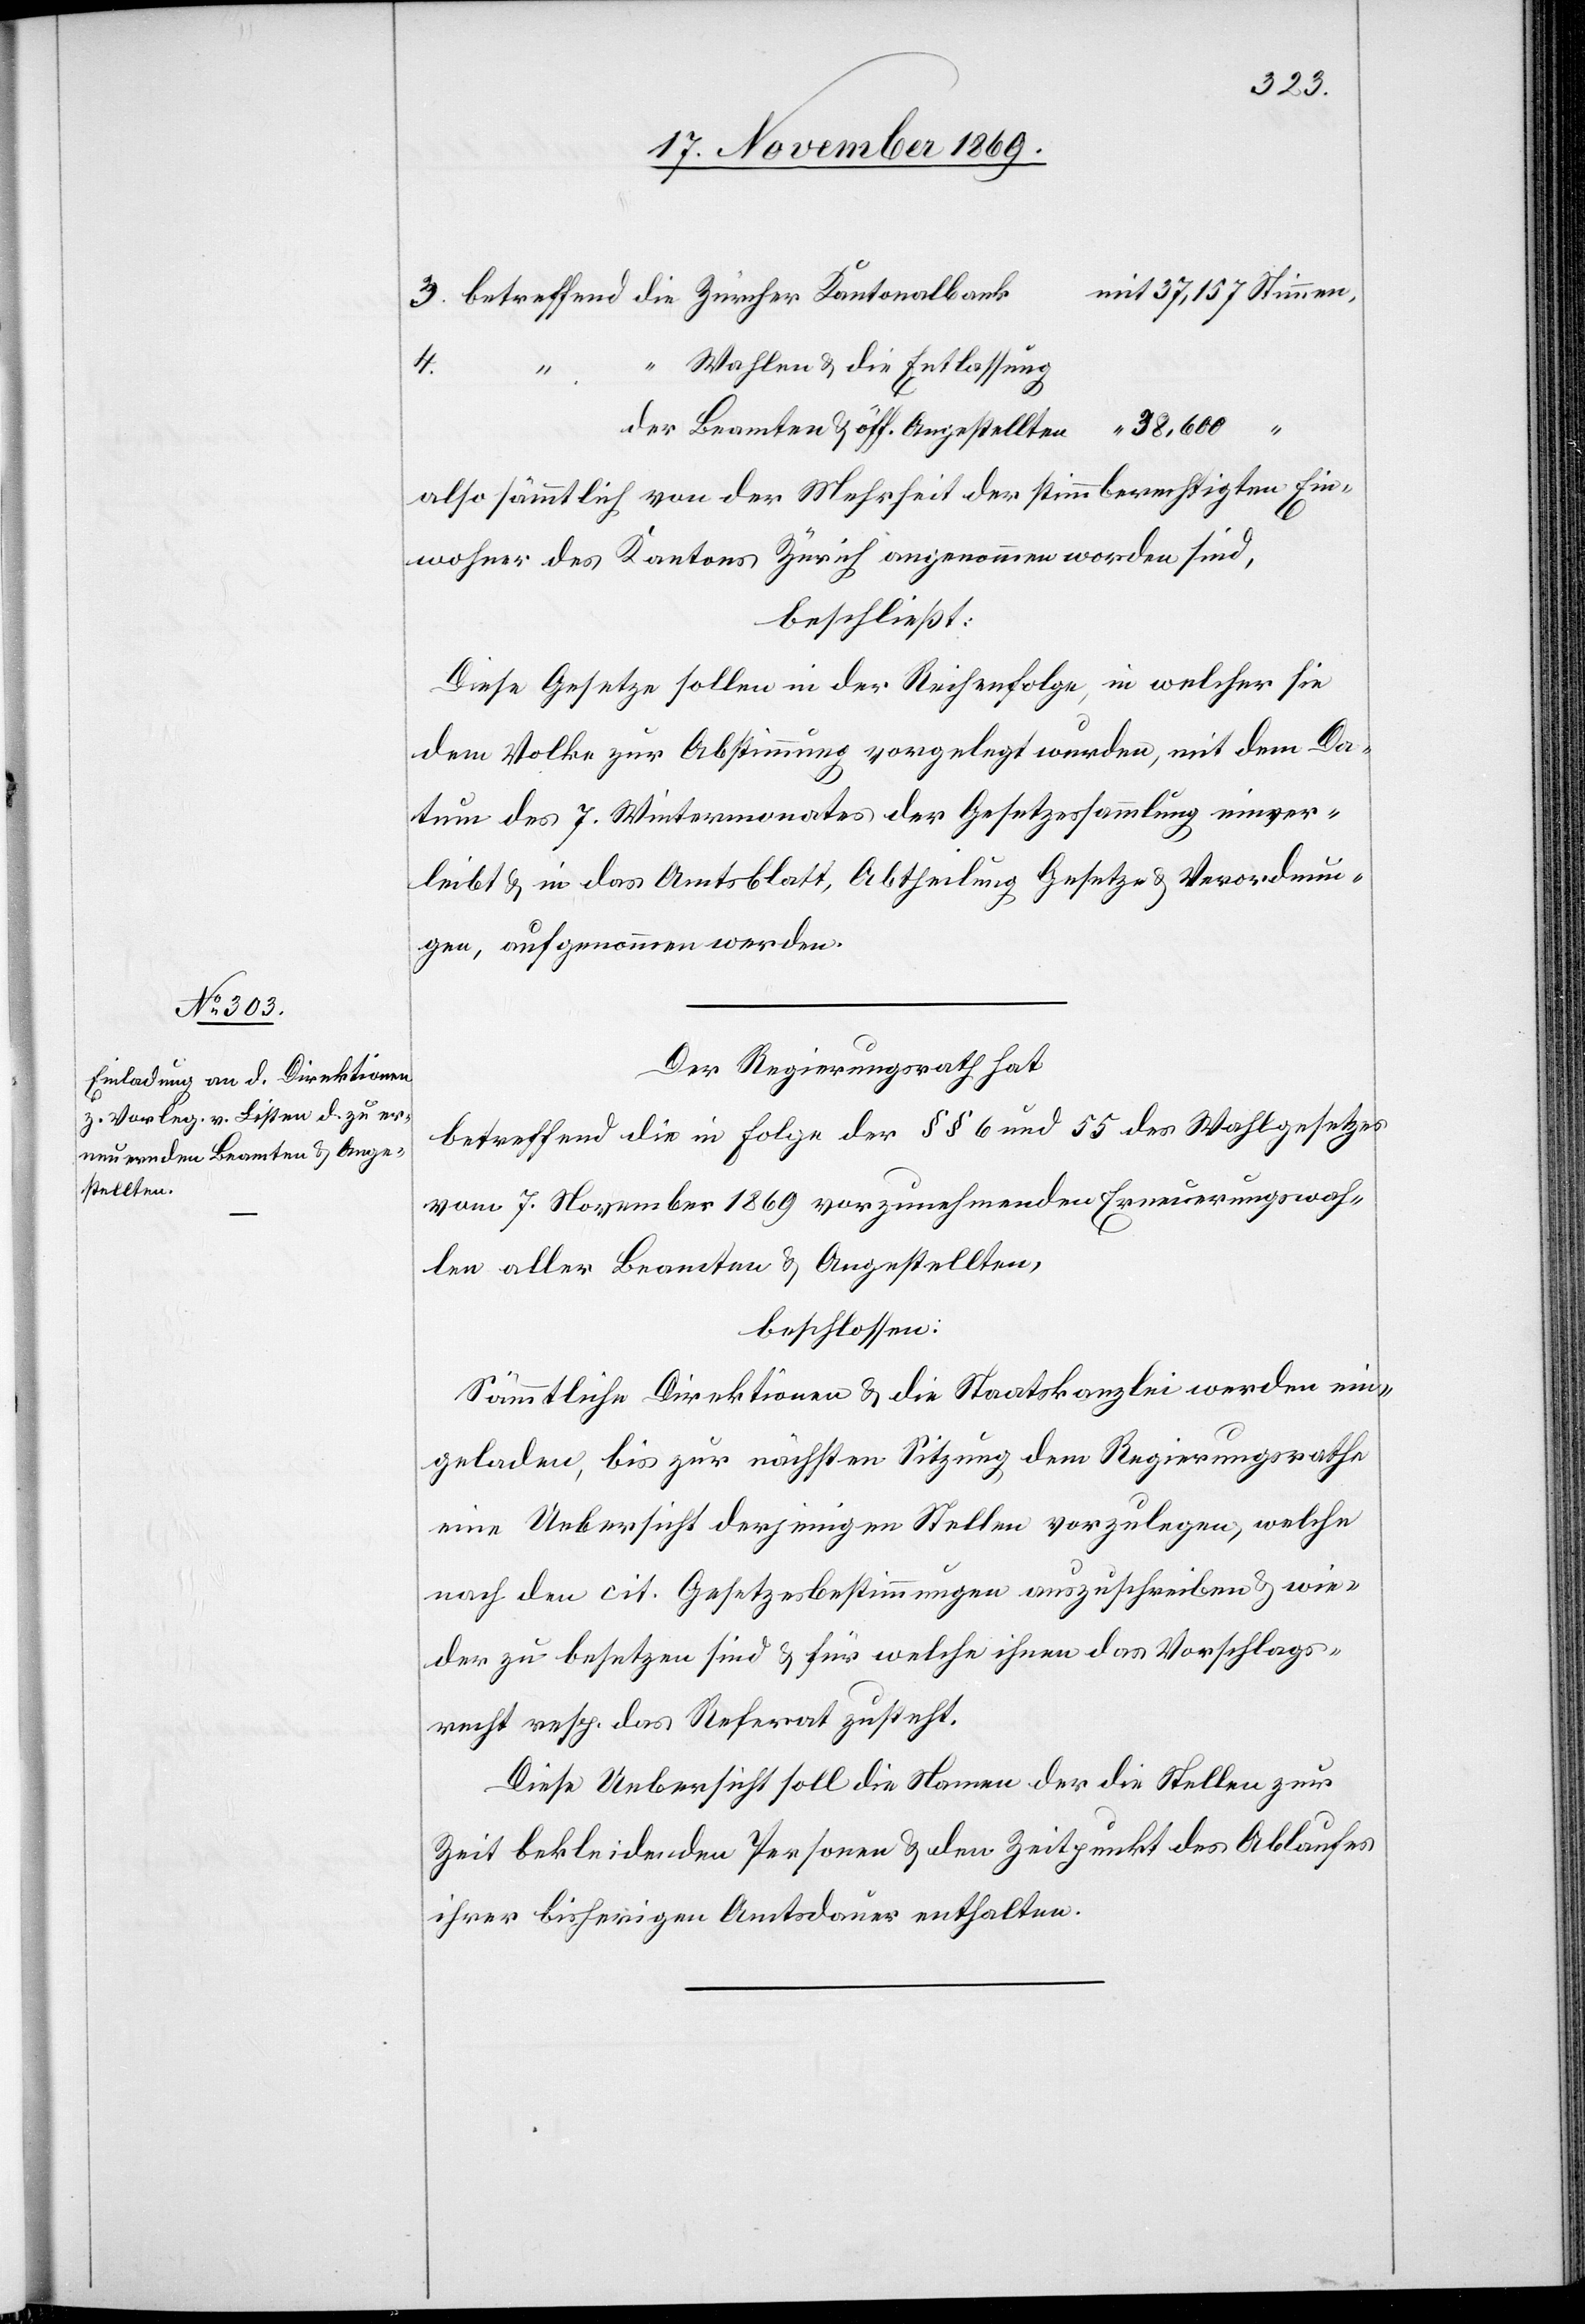
mit 37,157 Stimmen,
betreffend die Zürcher Kantonalbank
Wahlen & die Entlassung
4.
der Beamten & öff. Angestellten
also sämmtlich von der Mehrheit der stimmberechtigten Ein¬
wohner des Kantons Zürich angenommen worden sind,
beschließt:
Diese Gesetze sollen in der Reihenfolge, in welcher sie
dem Volke zur Abstimmung vorgelegt wurden, mit dem Da¬
tum des 7. Wintermonates der Gesetzessammlung einver¬
leibt & in das Amtsblatt, Abtheilung Gesetze & Verordnun¬
gen, aufgenommen werden.
Der Regierungsrath hat
betreffend die in Folge der §§ 6 und 55 des Wahlgesetzes
vom 7. November 1869 vorzunehmenden Erneuerungswah¬
len aller Beamten & Angestellten,
beschlossen:
Sämmtliche Direktionen & die Staatskanzlei werden ein¬
geladen, bis zur nächsten Sitzung dem Regierungsrathe
eine Uebersicht derjenigen Stellen vorzulegen, welche
nach den cit. Gesetzesbestimmungen auszuschreiben & wie¬
der zu besetzen sind & für welche ihnen das Vorschlags¬
recht resp. das Referat zusteht.
Diese Uebersicht soll die Namen der die Stellen zur
Zeit bekleidenden Personen & den Zeitpunkt des Ablaufes
ihrer bisherigen Amtsdauer enthalten.